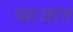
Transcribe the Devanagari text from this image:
व्याजात